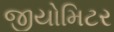
જીયોમિટર